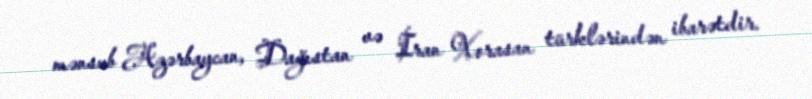
mənsub Azərbaycan, Dağıstan və İran Xorasan türklərindən ibarətdir.